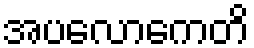
အပလောကေတိ